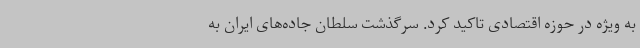
به ویژه در حوزه اقتصادی تاکید کرد. سرگذشت سلطان جاده‌های ایران به